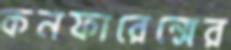
কনফারেন্সের